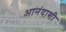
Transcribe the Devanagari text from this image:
आनंदाशी